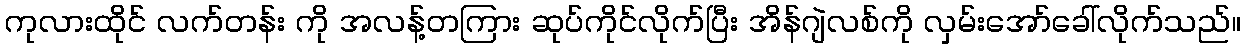
ကုလားထိုင် လက်တန်း ကို အလန့်တကြား ဆုပ်ကိုင်လိုက်ပြီး အိန်ဂျဲလစ်ကို လှမ်းအော်ခေါ်လိုက်သည်။